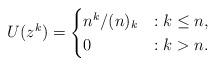
LaTeX: \begin{align*} U(z^k) = \begin{cases} n^k / (n)_k &: k \leq n, \\ 0 &: k > n. \end{cases}\end{align*}